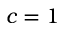
c = 1